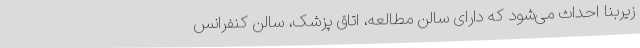
زیربنا احداث می‌شود که دارای سالن مطالعه، اتاق پزشک، سالن کنفرانس